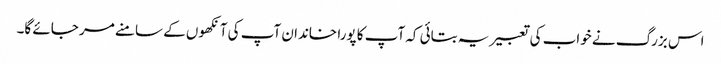
اس بزرگ نے خواب کی تعبیر یہ بتائی کہ آپ کا پورا خاندان آپ کی آنکھوں کے سامنے مر جائے گا۔